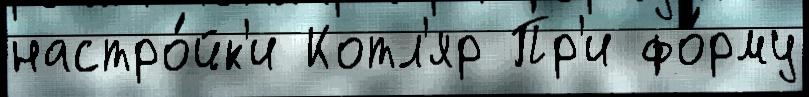
настро́йк'и Котл'яр Пр'и фо́рму